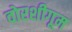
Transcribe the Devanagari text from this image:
वोरशीगूम